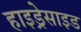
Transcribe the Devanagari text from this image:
हाइड्रेसाइड